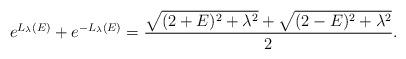
LaTeX: \begin{align*}e^{L_{\lambda}(E)}+e^{-L_{\lambda}(E)}=\frac{\sqrt{(2+E)^2+\lambda^2}+\sqrt{(2-E)^2+\lambda^2}}{2}.\end{align*}